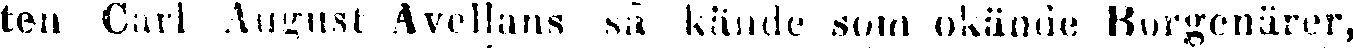
ten Carl August Avellans så kände som okände Borgenärer,